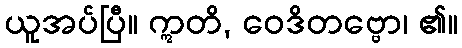
ယူအပ်ပြီ။ ဣတိ, ဝေဒိတဗ္ဗော၊ ၏။